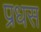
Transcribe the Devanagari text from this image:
प्रधस